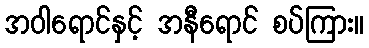
အဝါရောင်နှင့် အနီရောင် စပ်ကြား။